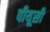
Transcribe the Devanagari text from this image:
पीयूसी